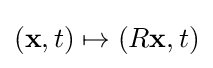
(\mathbf {x} ,t)\mapsto (R\mathbf {x} ,t)